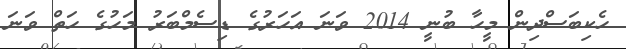
ހެކިބަސްދިން މީހާ ބުނީ 2014 ވަނަ އަހަރުގެ ޑިސެމްބަރު މަހުގެ ހަތް ވަނަ